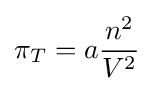
\pi _{T}=a{\frac {n^{2}}{V^{2}}}